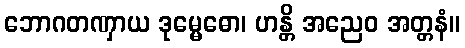
ဘောဂတဏှာယ ဒုမ္မေဓော၊ ဟန္တိ အညေဝ အတ္တနံ။